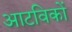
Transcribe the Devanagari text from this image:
आटविकों